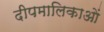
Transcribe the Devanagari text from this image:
दीपमालिकाओं